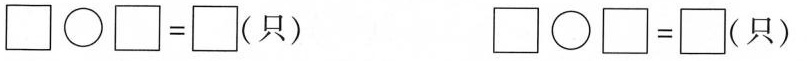
$$\Box \bigcirc \Box = \Box$$ (只) $$\Box \bigcirc \Box = \Box$$ (只)